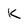
Character: k